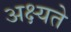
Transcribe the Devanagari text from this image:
अक्ष्यते